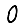
Digit: 0